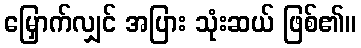
မြှောက်လျှင် အပြား သုံးဆယ် ဖြစ်၏။